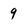
Character: 9